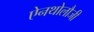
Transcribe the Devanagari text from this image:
ऐनथोलौजी